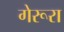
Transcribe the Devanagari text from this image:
गेरूरा